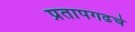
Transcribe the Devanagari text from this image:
प्रतापगढचे